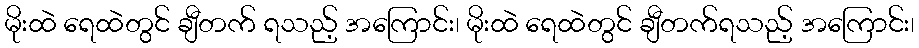
မိုးထဲ ရေထဲတွင် ချီတက် ရသည့် အကြောင်း၊ မိုးထဲ ရေထဲတွင် ချီတက်ရသည့် အကြောင်း၊